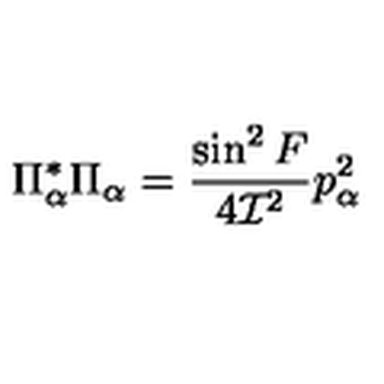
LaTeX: \Pi _ { \alpha } ^ { * } \Pi _ { \alpha } = \frac { \sin ^ { 2 } F } { 4 { \cal I } ^ { 2 } } p _ { \alpha } ^ { 2 }